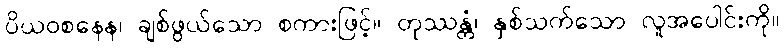
ပိယဝစနေန၊ ချစ်ဖွယ်သော စကားဖြင့်။ တုဿန္တံ၊ နှစ်သက်သော လူအပေါင်းကို။